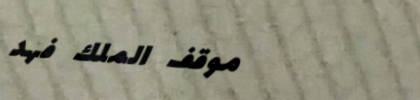
موقف الملك فهد